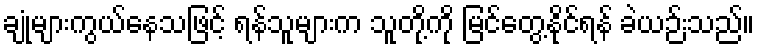
ချုံများကွယ်နေသဖြင့် ရန်သူများက သူတို့ကို မြင်တွေ့နိုင်ရန် ခဲယဉ်းသည်။